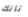
تانك